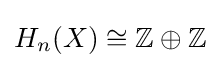
H_{n}(X)\cong \mathbb {Z} \oplus \mathbb {Z}